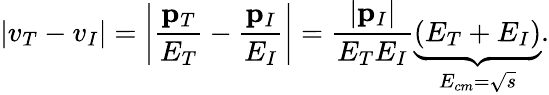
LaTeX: \left\vert v_{T}-v_{I}\right\vert=\left\vert\frac{\mathbf{p}_{T}}{E_{T}}-\frac{\mathbf{p}_{I}}{E_{I}}\right\vert=\frac{\left\vert\mathbf{p}_{I}\right\vert}{E_{T}E_{I}}\underset{E_{cm}=\sqrt{s}}{\underbrace{\left(E_{T}+E_{I}\right)}}.